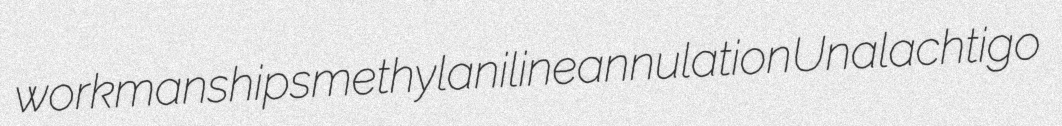
workmanships methylaniline annulation Unalachtigo